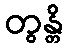
တွန္တိ